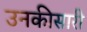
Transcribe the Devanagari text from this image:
उनकीसारी